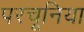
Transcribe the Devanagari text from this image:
परचूनिया